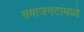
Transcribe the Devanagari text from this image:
समाजगटांमध्ये